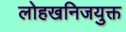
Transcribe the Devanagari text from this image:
लोहखनिजयुक्त